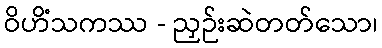
ဝိဟိံသကဿ - ညှဉ်းဆဲတတ်သော၊